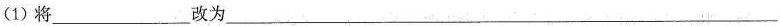
（1）将___改为___